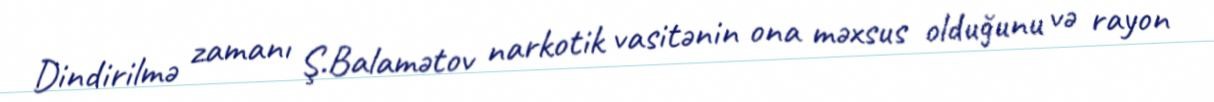
Dindirilmə zamanı Ş.Balamətov narkotik vasitənin ona məxsus olduğunu və rayon